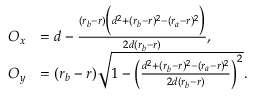
\begin{array} { r l } { O _ { x } } & { = d - \frac { ( r _ { b } - r ) \Big ( d ^ { 2 } + ( r _ { b } - r ) ^ { 2 } - ( r _ { a } - r ) ^ { 2 } \Big ) } { 2 d ( r _ { b } - r ) } , } \\ { O _ { y } } & { = ( r _ { b } - r ) \sqrt { 1 - \Big ( \frac { d ^ { 2 } + ( r _ { b } - r ) ^ { 2 } - ( r _ { a } - r ) ^ { 2 } } { 2 d ( r _ { b } - r ) } \Big ) ^ { 2 } } . } \end{array}